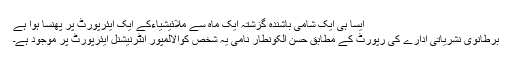
ایسا ہی ایک شامی باشندہ گزشتہ ایک ماہ سے ملائیشیاءکے ایک ایئرپورٹ پر پھنسا ہوا ہے
برطانوی نشریاتی ادارے کی رپورٹ کے مطابق حسن الکونطار نامی یہ شخص کوالالمپور انٹرنیشنل ایئرپورٹ پر موجود ہے۔